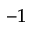
^ { - 1 }